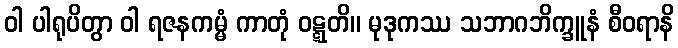
ဝါ ပါရုပိတွာ ဝါ ရဇနကမ္မံ ကာတုံ ဝဋ္ဋတိ။ မုဒုကဿ သဘာဂဘိက္ခူနံ စီဝရာနိ